Indian Civil Veterinary Department memoirs
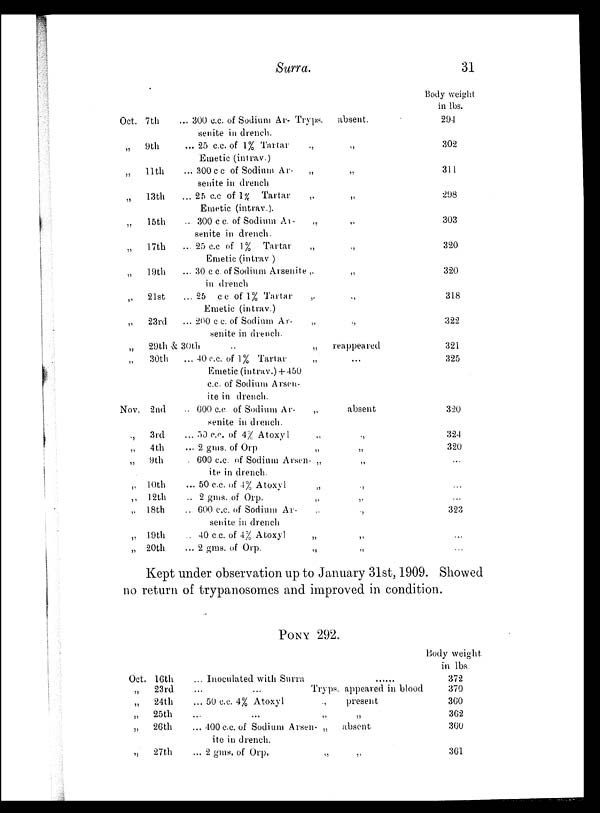
Surra.
31
Oct. 7th
„
9th
„
11th
„
13th
„
15th
„
17th
„
19th
„
21st
„
23rd
„
29th & 30th
„
30th
Nov. 2nd
.,
3rd
„
4th
„
9th
,. 10th
„ 12th
,. 18th
„ 19th
„ 20th
... 300 c.c. of Sodium Ar-
senite in drench.
... 25 c.c. of 1% Tartar
Emetic (intrav.)
... 300c c of Sodium Ar-
senite in drench
... 25 c.c of 1% Tartar
Emetic (intrav.).
... 300 c c of Sodium Ar-
senite in drench.
... 25 c.c of 1% Tartar
Emetic (intrav.)
... 30 c c. of Sodium Arsenite
in drench
... 25 cc of 1% Tartar
Emetic (intrav.)
... 200 c c. of Sodium Ar-
senite in drench.
..
... 40 c.c. of 1% Tartar
Emetic (intrav.) + 450
c.c. of Sodium Arsen-
ite in drench.
.. 600 c.c. of Sodium Ar-
senite in drench.
... 50 c.c. of 4% Atoxyl
... 2 gms. of Orp
. 600 c.c. of Sodium Arsen-
ite in drench.
... 50 c.c. of 4% Atoxyl
.. 2 gms. of Orp.
... 600 c.c. of Sodium Ar-
senite in drench
.. 40 c.c. of 4% Atoxyl
... 2 gms. of Orp.
Tryps.
„
„
„
„
„
„
„
„
„
„
„
„
„
„
„
„
„
„
„
absent.
„
„
„
„
„
„
„
„
reappeared
...
absent
„
„
„
„
„
„
„
„
Body weight
in lbs.
294
302
311
298
303
320
320
318
322
321
325
320
324
320
...
...
...
323
...
...
Kept under observation up to January 31st, 1909. Showed
no return of trypanosomes and improved in condition.
PONY 292.
Oct. 16th
„
23rd
„
24th
„
25th
„
26th
„
27th
... Inoculated with Surra
... ...
... 50 c.c. 4% Atoxyl
...
... 400 c.c. of Sodium Arsen-
ite in drench.
... 2 gms. of Orp.
Tryps.
„
„
„
„
......
appeared in blood
present
„
absent
„
Body weight
in lbs.
372
370
360
362
360
361